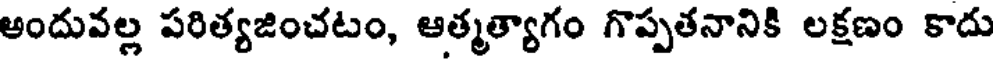
అందువల్ల పరిత్యజించటం, ఆత్మత్యాగం గొప్పతనానికి లక్షణం కాదు